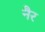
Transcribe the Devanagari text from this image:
नैर